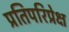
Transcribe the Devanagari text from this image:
प्रतिपरिप्रेक्ष